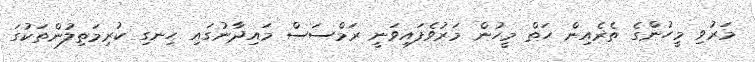
މަރުވި މީހުންގެ ތެރެއިން ހަތް މީހުން މަރުވެފައިވަނީ ރަމްސަސް މައިދާނުގައި ހިނގި ކުރިމަތިލުންތަކުގަ